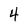
Character: 4